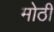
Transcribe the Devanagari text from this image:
मोठीं